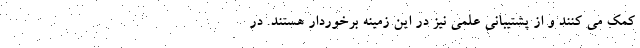
کمک می کنند و از پشتیبانی علمی نیز در این زمینه برخوردار هستند. در